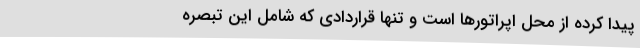
پیدا کرده از محل اپراتورها است و تنها قراردادی که شامل این تبصره